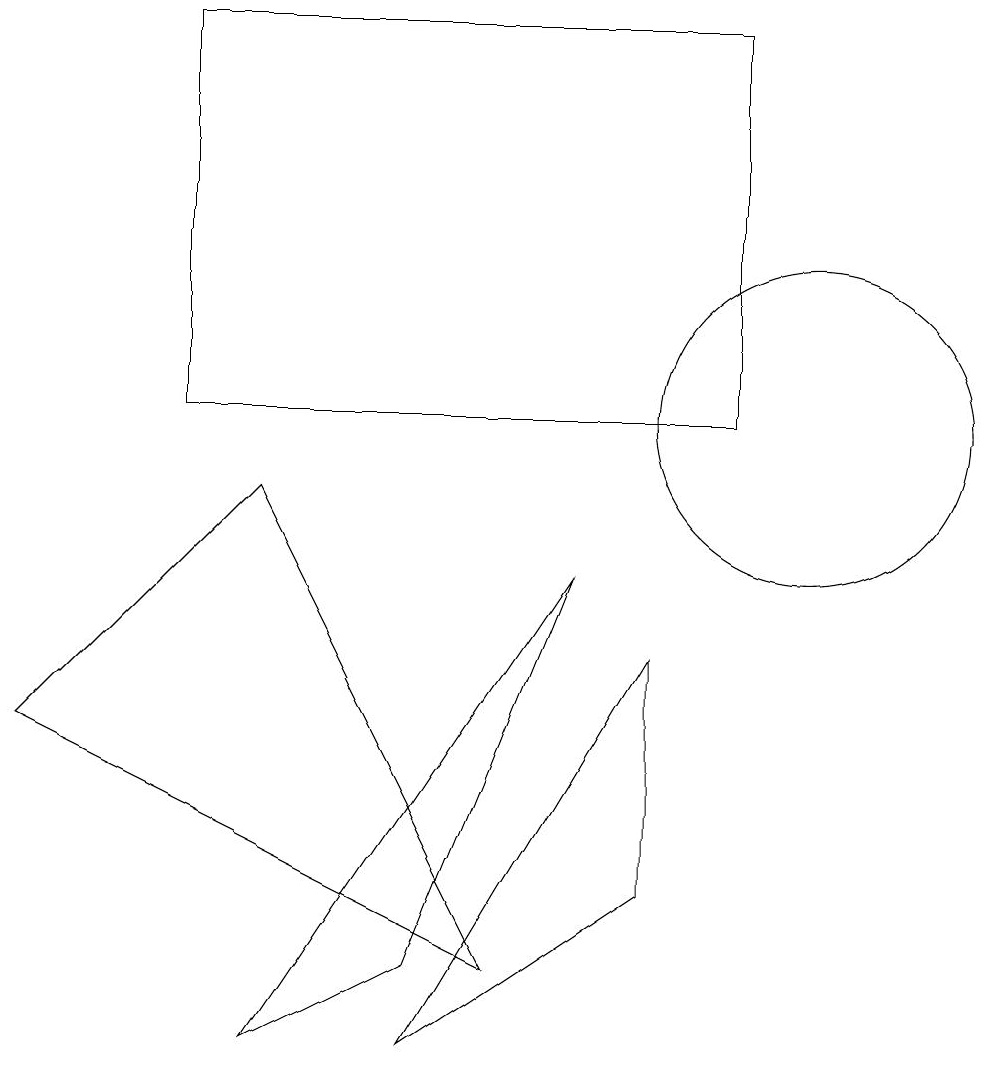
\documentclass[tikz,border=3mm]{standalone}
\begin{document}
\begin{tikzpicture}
\draw (9,15) rectangle (2,10);
\draw (5,3) -- (7,8) -- (3,2) -- cycle;
\draw (10,10) circle (0);
\draw (6,3) -- (3,9) -- (0,6) -- cycle;
\draw (10,10) circle (2);
\draw (8,7) -- (5,2) -- (8,4) -- cycle;
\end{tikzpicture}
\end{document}